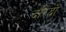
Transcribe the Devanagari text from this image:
दरिद्रो